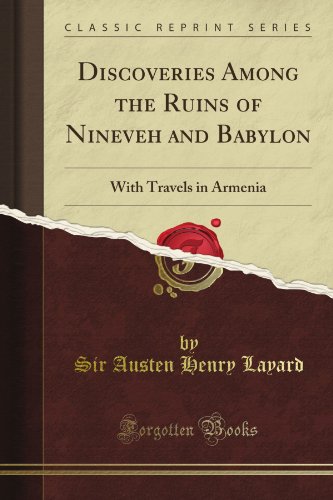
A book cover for Discoveries Among the Ruins of Nineveh and Babylon: With Travels in Armenia (Classic Reprint); Sir Austen Henry Layard; Travel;